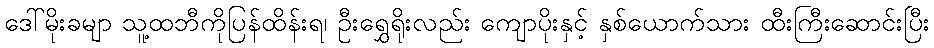
ဒေါ်မိုးခမျာ သူ့ထဘီကိုပြန်ထိန်းရ၊ ဦးရွှေရိုးလည်း ကျောပိုးနှင့် နှစ်ယောက်သား ထီးကြီးဆောင်းပြီး